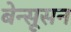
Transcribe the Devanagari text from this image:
बेन्सूसन